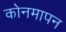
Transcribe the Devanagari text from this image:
कोनमापन